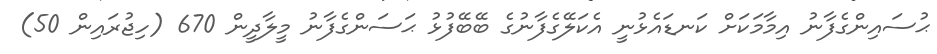
ޙުސައިންގެފާނު އިމާމަކަށް ކަނޑައެޅުނީ އެކަލޭގެފާނުގެ ބޭބޭފުޅު ޙަސަންގެފާނު މީލާދީން 670 (ހިޖުރައިން 50)